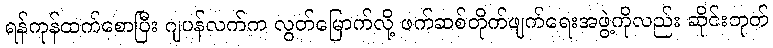
ရန်ကုန်ထက်စောပြီး ဂျပန်လက်က လွတ်မြောက်လို့ ဖက်ဆစ်တိုက်ဖျက်ရေးအဖွဲ့ကိုလည်း ဆိုင်းဘုတ်